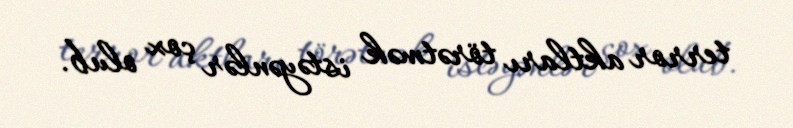
terror aktları törətmək istəyənlər çox olub.